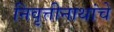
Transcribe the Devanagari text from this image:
निवृत्तीनाथांचे